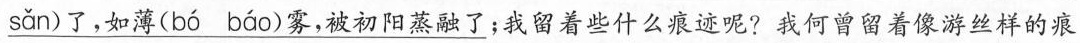
\underline{ sǎn )了，如薄( bó báo )雾，被初阳蒸融了}；我留着些什么痕迹呢?我何曾留着像游丝样的痕